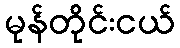
မုန်တိုင်းငယ်